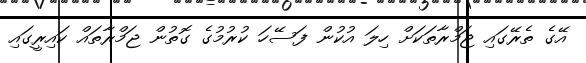
އޭގެ ތެރޭގައި ޖަމްރާތަކަށް ހިލަ އުކުން ފަސޭހަ ކުރުމުގެ ގޮތުން ޖަމްރާތައް ކައިރީގައި